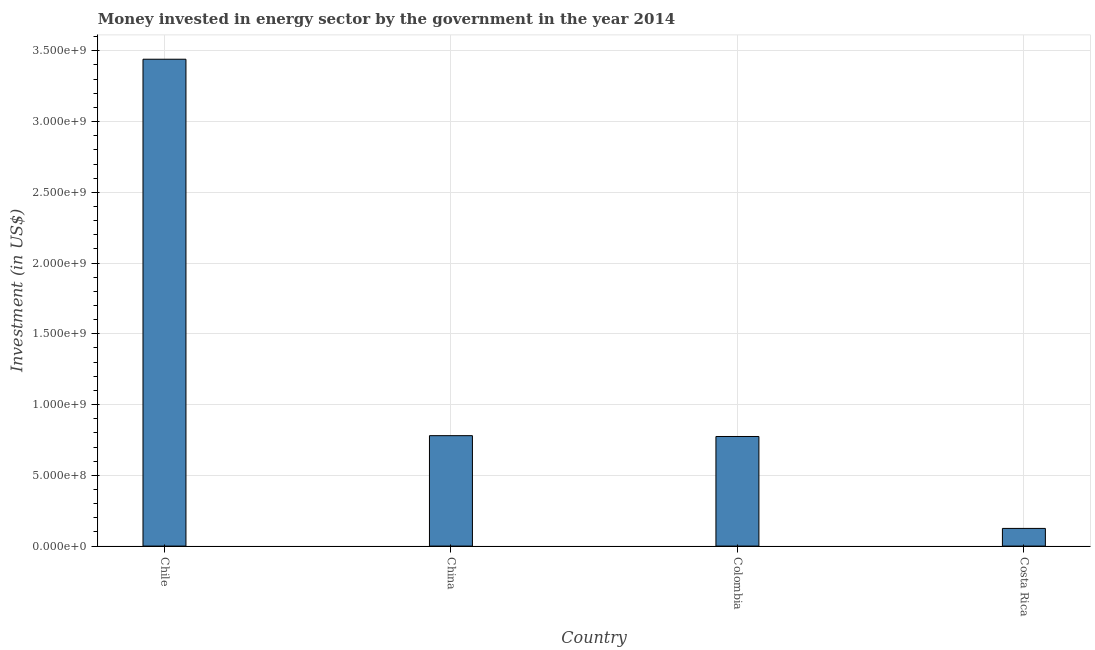
| Country | Investment in energy with private participation (current US$) |
 | --- | --- |
 | Chile | 3.44e+09 |
 | China | 7.8e+08 |
 | Colombia | 7.75e+08 |
 | Costa Rica | 1.25e+08 |